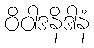
ဝိဝါဒနိဒါနံ